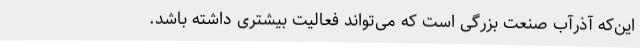
این‌که آذرآب صنعت بزرگی است که می‌تواند فعالیت بیشتری داشته باشد.